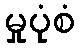
မှုပုံစံ